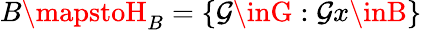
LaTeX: B\mapstoH_{B}=\{ \mathcal{G}\inG:\mathcal{G}x\inB\}